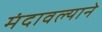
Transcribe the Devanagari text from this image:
मंदावल्याने